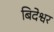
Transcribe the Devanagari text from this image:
बिदेश्वर